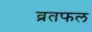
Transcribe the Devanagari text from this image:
व्रतफल